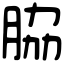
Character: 脇